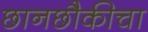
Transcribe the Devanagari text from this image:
छानछौकीचा